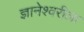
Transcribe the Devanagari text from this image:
ज्ञानेश्वरीला